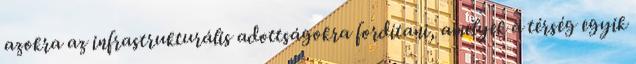
azokra az infrastrukturális adottságokra fordítani, amelyek a térség egyik